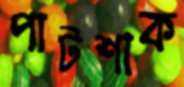
পাটশাক